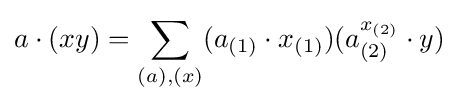
a\cdot (xy)=\sum _{(a),(x)}(a_{(1)}\cdot x_{(1)})(a_{(2)}^{x_{(2)}}\cdot y)